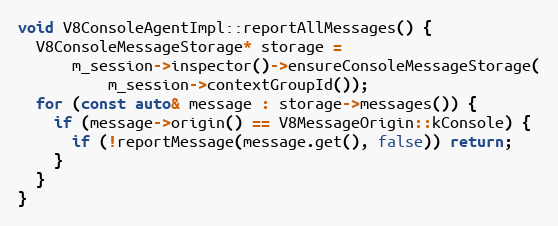
Language: C++
void V8ConsoleAgentImpl::reportAllMessages() {
  V8ConsoleMessageStorage* storage =
      m_session->inspector()->ensureConsoleMessageStorage(
          m_session->contextGroupId());
  for (const auto& message : storage->messages()) {
    if (message->origin() == V8MessageOrigin::kConsole) {
      if (!reportMessage(message.get(), false)) return;
    }
  }
}